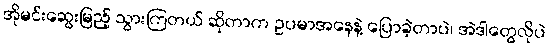
အိုမင်းဆွေးမြည့် သွားကြတယ် ဆိုတာက ဥပမာအနေနဲ့ ပြောခဲ့တာပဲ၊ အဲဒါတွေလိုပဲ